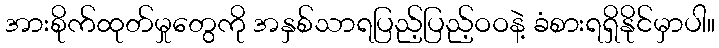
အားစိုက်ထုတ်မှုတွေကို အနှစ်သာရပြည့်ပြည့်ဝဝနဲ့ ခံစားရရှိနိုင်မှာပါ။